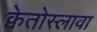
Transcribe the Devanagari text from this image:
क्वेतोस्लावा